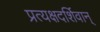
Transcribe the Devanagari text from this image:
प्रत्यक्षदर्शिवान्